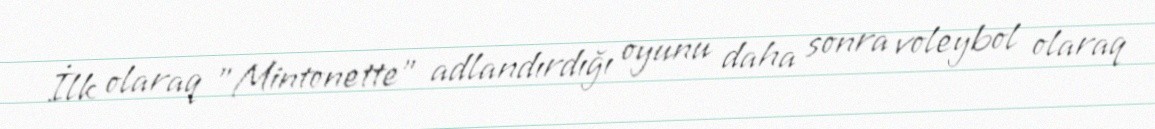
İlk olaraq "Mintonette" adlandırdığı oyunu daha sonra voleybol olaraq